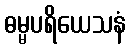
ဓမ္မပရိယေသနံ